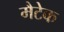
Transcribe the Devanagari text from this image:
मैटेक